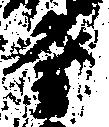
登